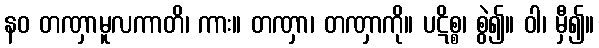
နဝ တဏှာမူလကာတိ၊ ကား။ တဏှာ၊ တဏှာကို။ ပဋိစ္စ၊ စွဲ၍။ ဝါ၊ မှီ၍။